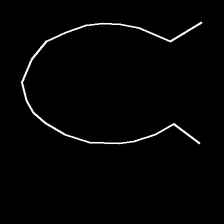
Glyph: weave